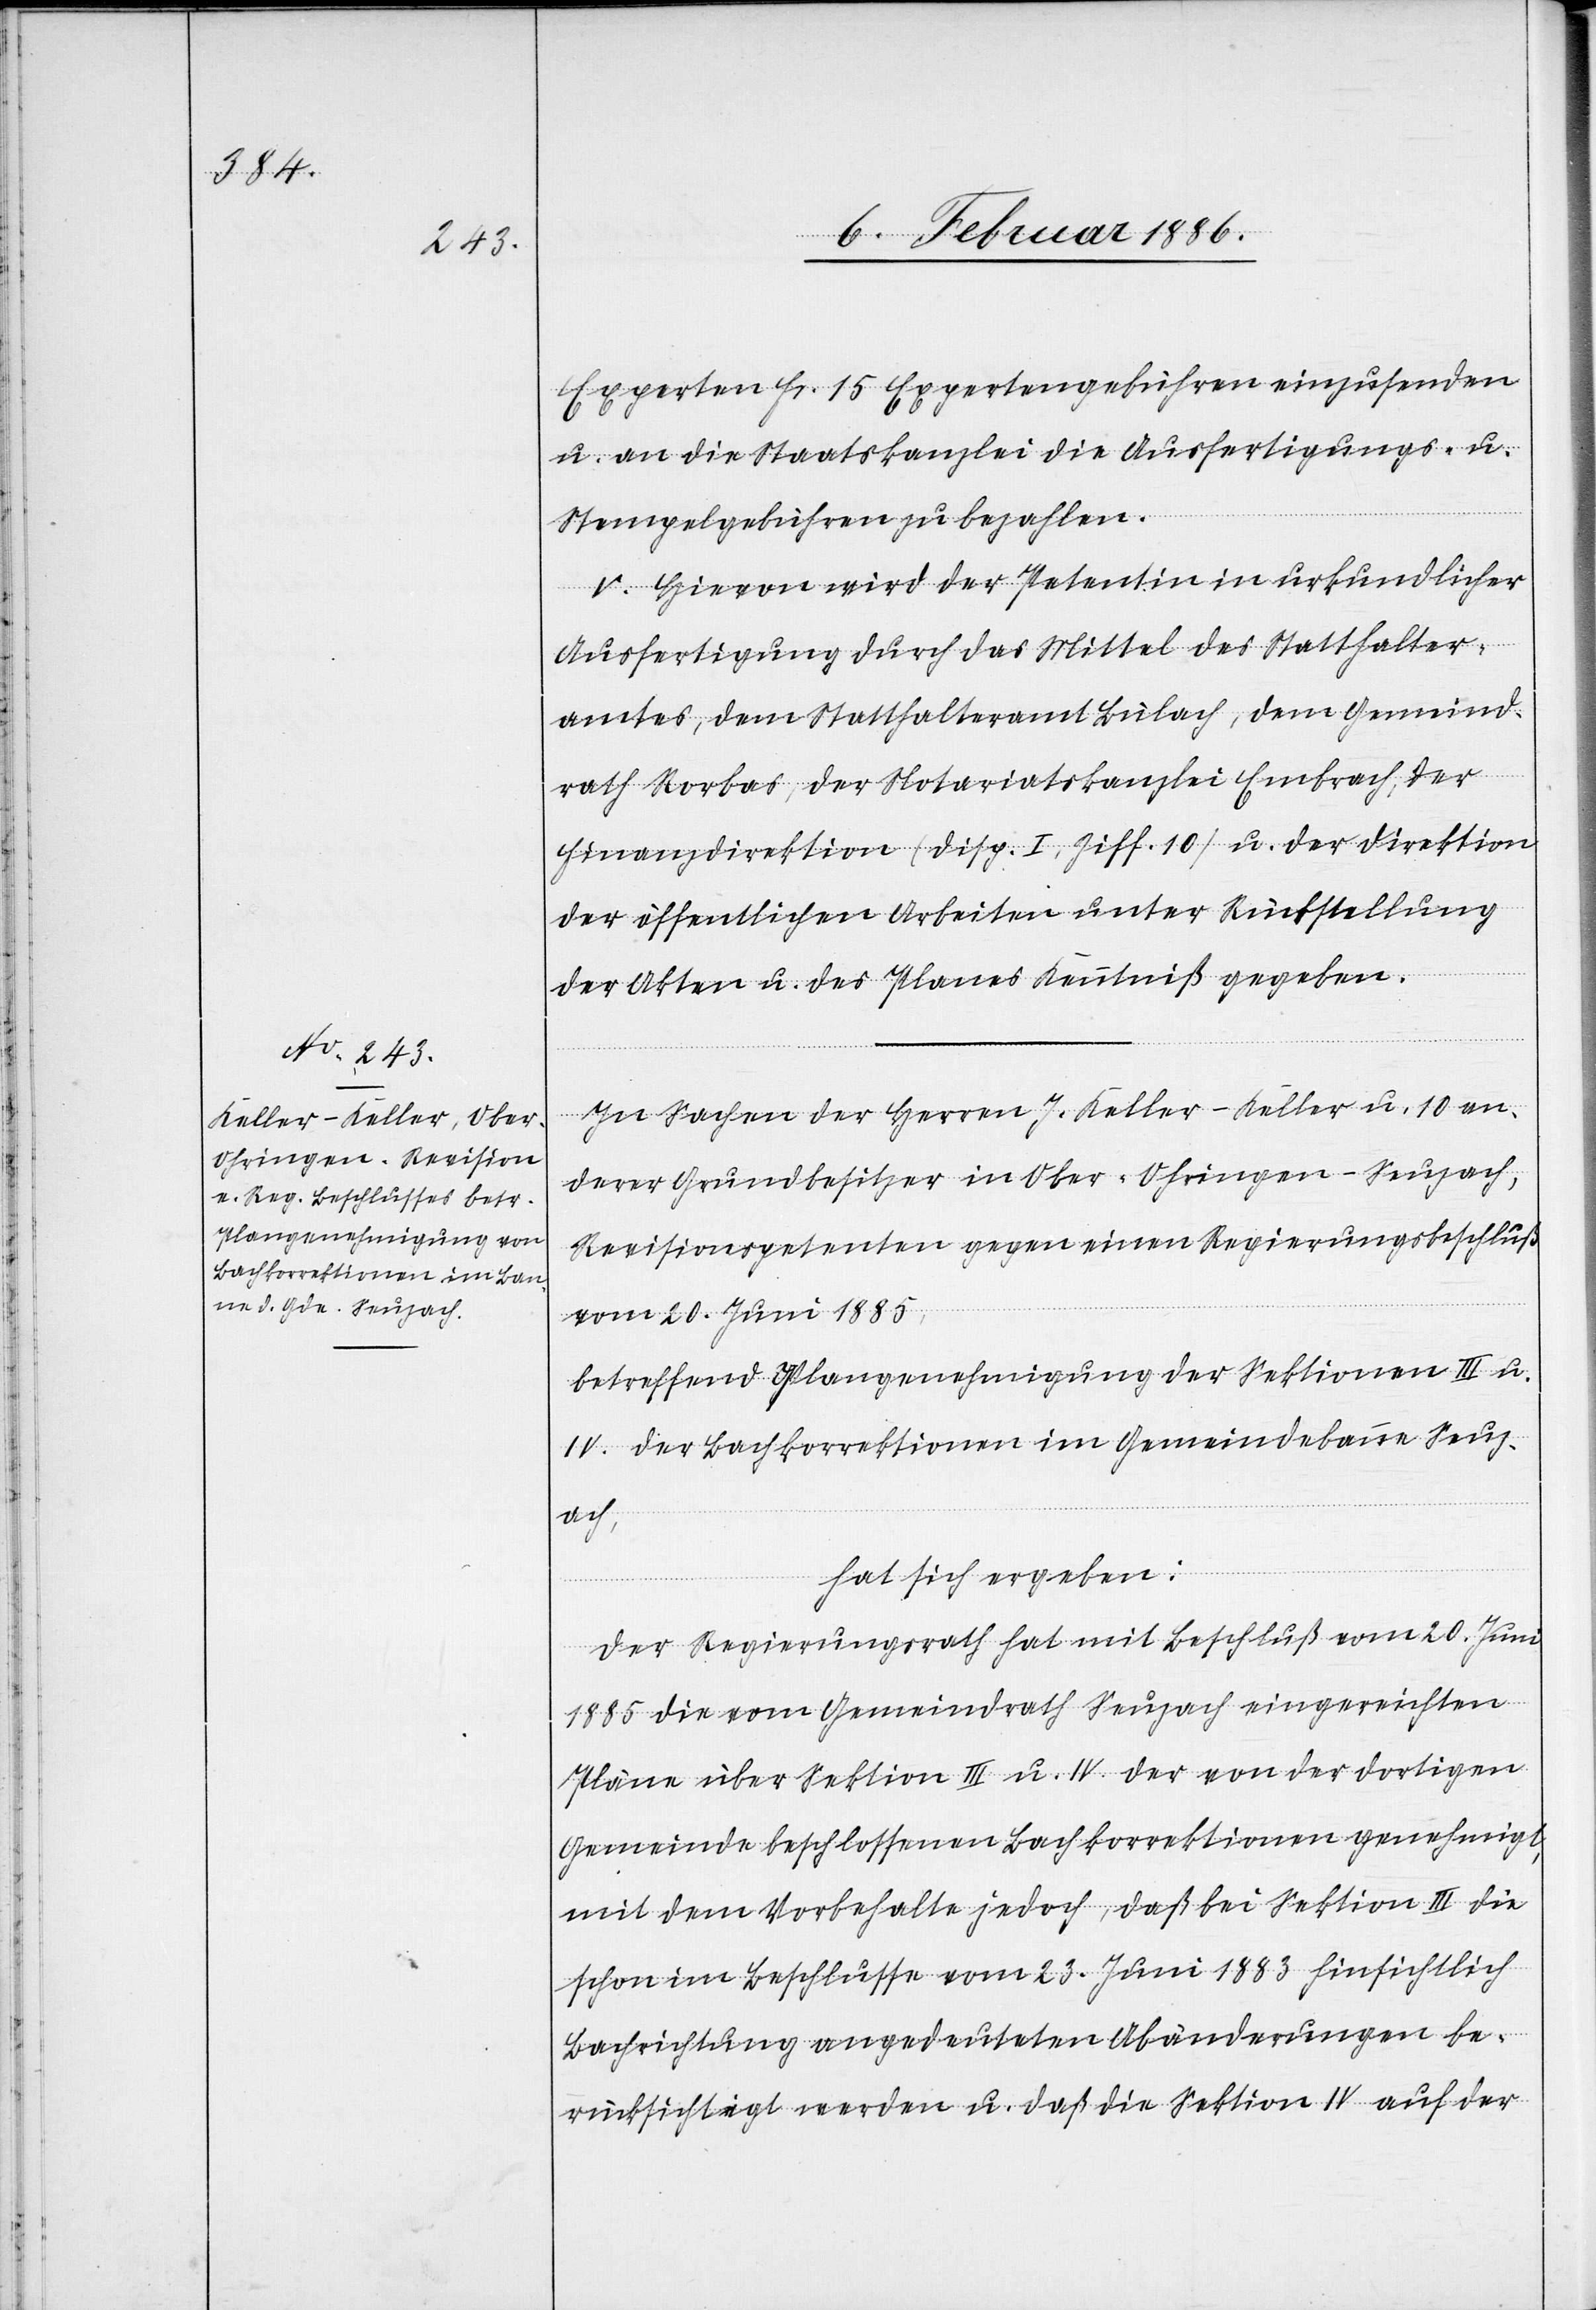
Experten Fr. 15 Expertengebühren einzusenden
u. an die Staatskanzlei die Ausfertigungs- u.
Stempelgebühren zu bezahlen.
V. Hievon wird der Petentin in urkundlicher
Ausfertigung durch das Mittel des Statthalter¬
amtes, dem Statthalteramt Bülach, dem Gemeind¬
rath Rorbas, der Notariatskanzlei Embrach, der
Finanzdirektion (Disp. I, Ziff 10) u. der Direktion
der öffentlichen Arbeiten unter Rückstellung
der Akten u. des Planes Kenntniß gegeben.
In Sachen der Herren J. Keller-Keller u. 10 an¬
derer Grundbesitzer in Ober-Ohringen - Seuzach,
Revisionspetenten gegen einen Regierungsbeschluß
vom 20. Juni 1885,
betreffend Plangenehmigung der Sektion III u.
IV. der Bachkorrektionen im Gemeindebann Seuz¬
ach,
hat sich ergeben:
Der Regierungsrath hat mit Beschluß vom 20. Juni
1885 die vom Gemeindrath Seuzach eingereichten
Pläne über Sektion III u. IV der von der dortigen
Gemeinde beschlossenen Bachkorrektionen genehmigt,
mit dem Vorbehalte jedoch, daß bei Sektion III die
schon im Beschlusse vom 23. Juni 1883 hinsichtlich
Bachrichtung angedeuteten Abänderungen be¬
rücksichtigt werden u. daß die Sektion IV auf der